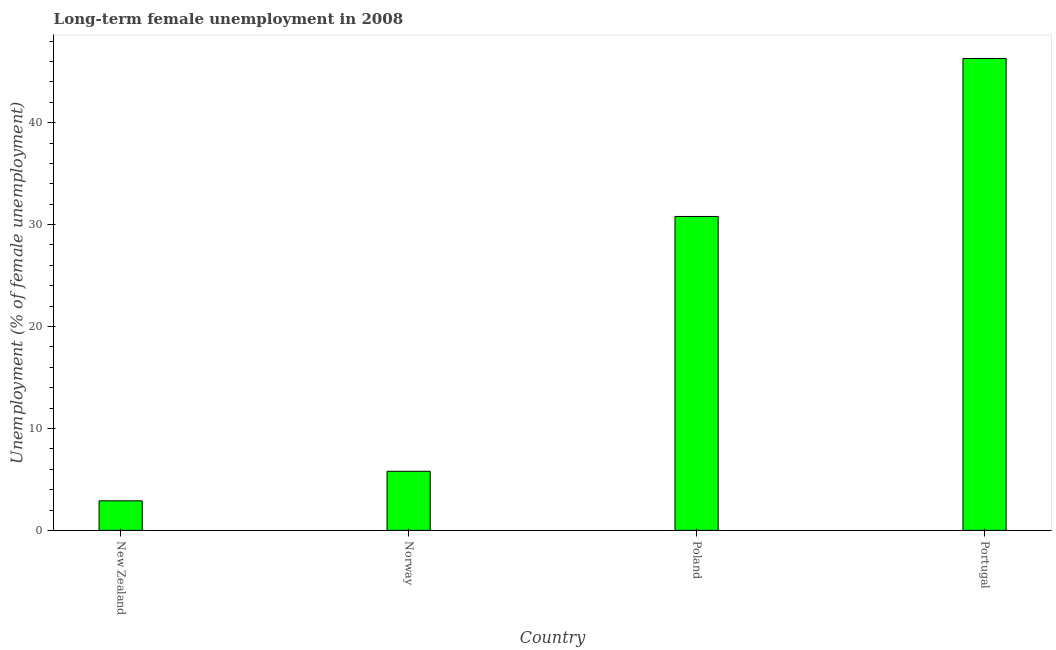
| Country | Long-term unemployment female |
 | --- | --- |
 | New Zealand | 2.9 |
 | Norway | 5.8 |
 | Poland | 30.8 |
 | Portugal | 46.3 |